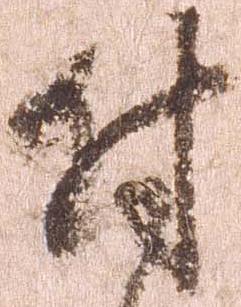
付